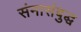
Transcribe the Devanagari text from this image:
संमासंबुद्ध